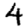
Digit: 4